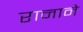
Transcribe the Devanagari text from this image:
रानाने